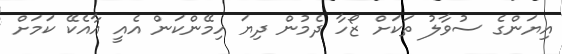
އިޔަންގެ ސުވާލު ތަކަށް ޒޯހާ ދެމުން ދިޔަ ހިމޭންކަން އެއީ އާއެކޭ ކަމަށް